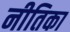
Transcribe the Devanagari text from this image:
नीतिका